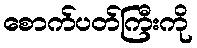
စောက်ပတ်ကြီးကို